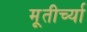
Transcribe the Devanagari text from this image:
मूतीर्च्या